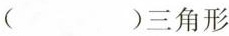
( )三角形